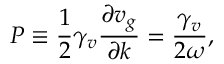
P \equiv \frac { 1 } { 2 } \gamma _ { v } \frac { \partial v _ { g } } { \partial k } = \frac { \gamma _ { v } } { 2 \omega } ,